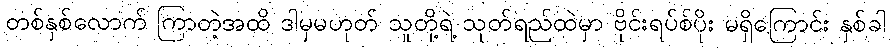
တစ်နှစ်လောက် ကြာတဲ့အထိ ဒါမှမဟုတ် သူတို့ရဲ့ သုတ်ရည်ထဲမှာ ဗိုင်းရပ်စ်ပိုး မရှိကြောင်း နှစ်ခါ